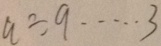
a \div 9 \cdots 3